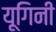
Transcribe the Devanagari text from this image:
यूगिनी